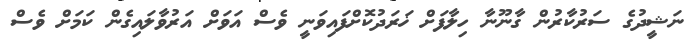
ނަޝީދުގެ ސަރުކާރުން ގާނޫނާ ހިލާފަށް ޚަރަދުކޮށްފައިވަނީ ވެސް އަވަށް އަރުވާލައިގެން ކަމަށް ވެސް